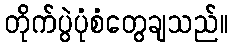
တိုက်ပွဲပုံစံတွေချသည်။